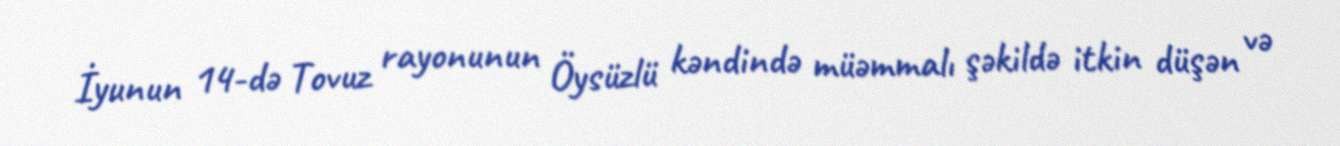
İyunun 14-də Tovuz rayonunun Öysüzlü kəndində müəmmalı şəkildə itkin düşən və